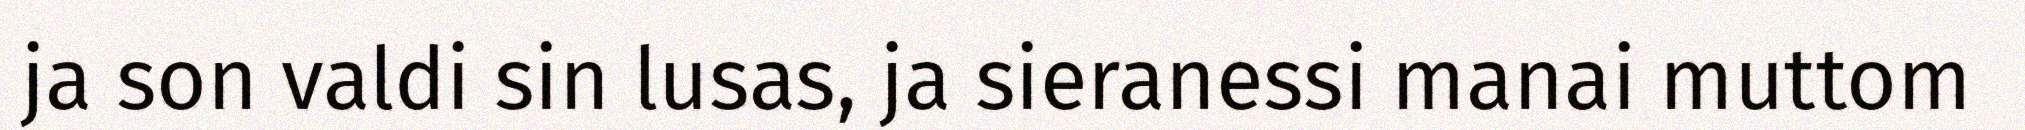
ja son valdi sin lusas, ja sieranessi manai muttom